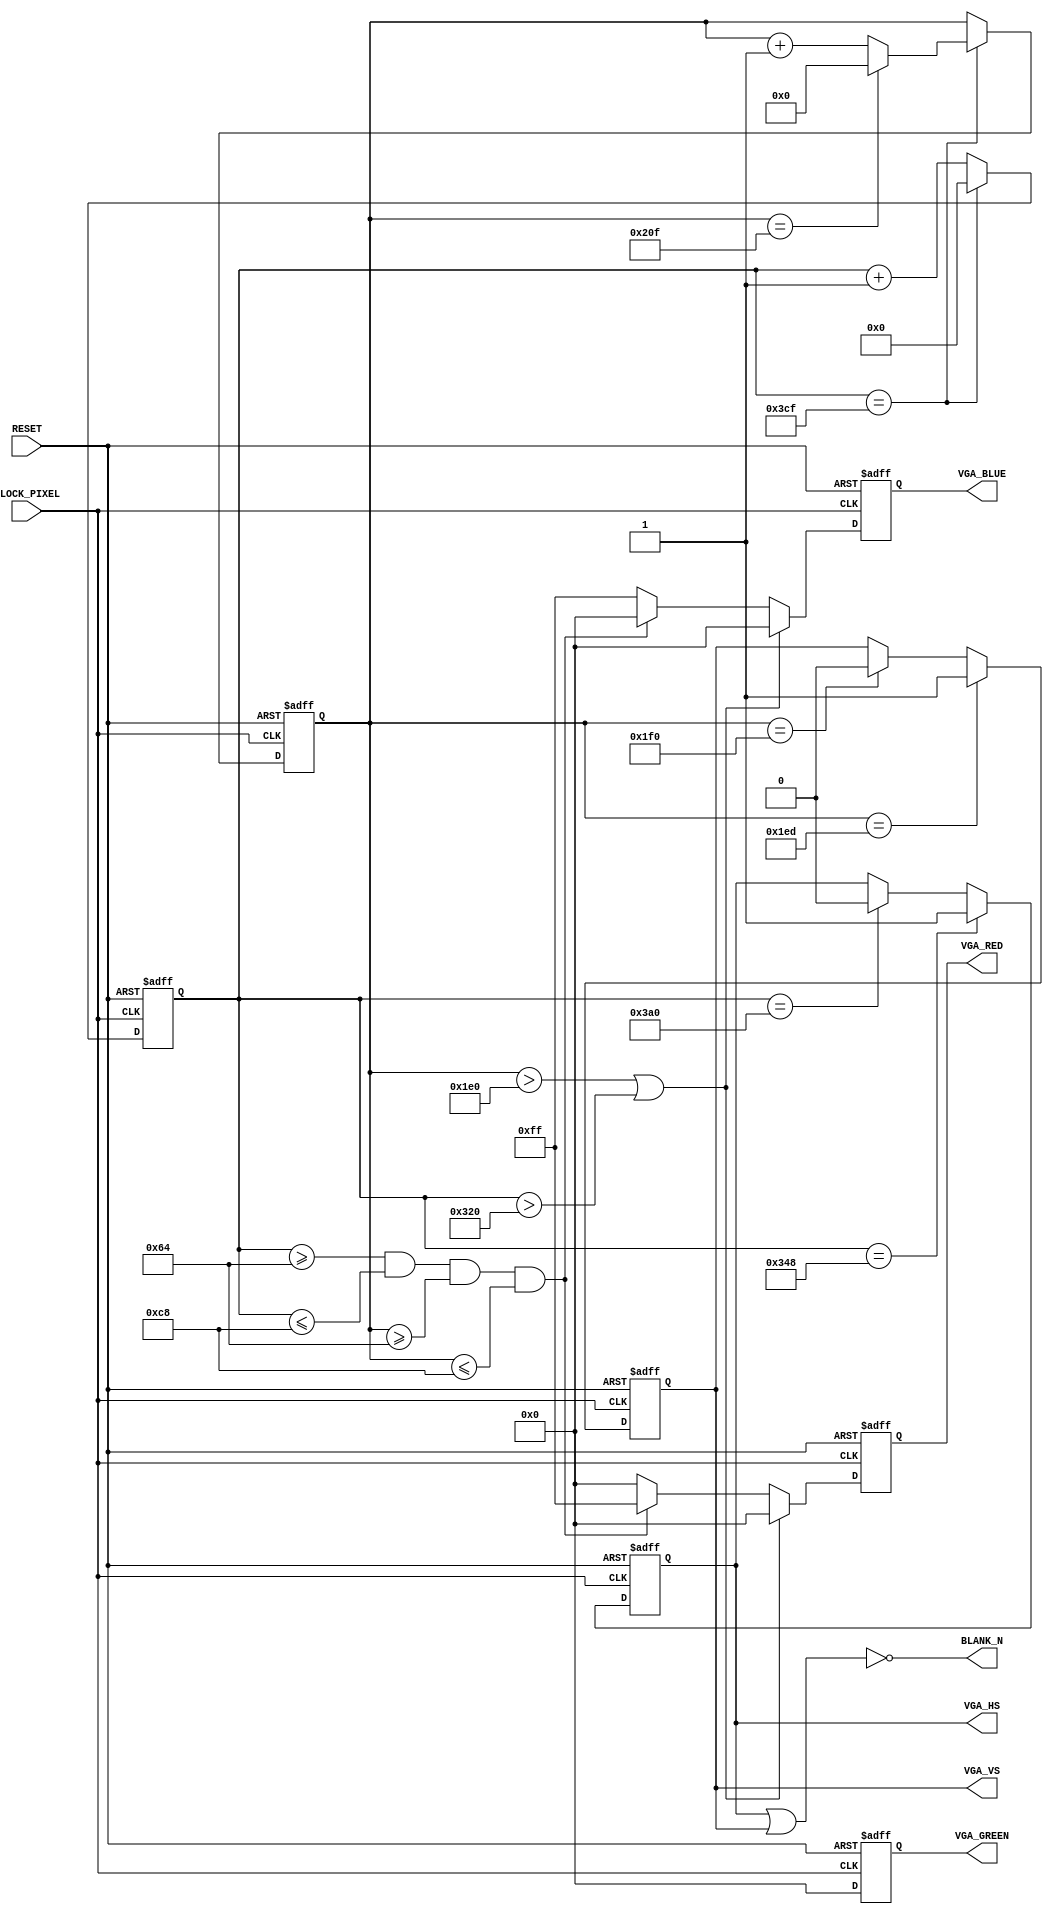
module vga_demo_2
    (
        CLOCK_PIXEL,
        RESET,
        VGA_RED,
        VGA_GREEN,
        VGA_BLUE,
        VGA_HS,
        VGA_VS,
        BLANK_N
    );
    input CLOCK_PIXEL;
    input RESET;
    output [7:0] VGA_RED;
    output [7:0] VGA_GREEN;
    output [7:0] VGA_BLUE;
    output VGA_HS;
    output VGA_VS;
    output BLANK_N;
    wire r_blank;
    reg [10:0] hor_reg; 
    reg [10:0] hor_pixel; 
    reg hor_sync;
    wire hor_max = (hor_reg == 975); 
    reg [9:0] ver_reg; 
    reg [10:0] ver_pixel; 
    reg ver_sync;
    reg [7:0] red;
    reg [7:0] green;
    reg [7:0] blue;
    wire ver_max = (ver_reg == 527); 
    always @ (posedge CLOCK_PIXEL or posedge RESET) begin
        if (RESET) begin 
            hor_reg <= 0;
            ver_reg <= 0;
        end
        else if (hor_max) begin
            hor_reg <= 0;
            if (ver_max) begin
                ver_reg <= 0;
            end else begin
                ver_reg <= ver_reg + 1'b1;
            end
        end else begin
            hor_reg <= hor_reg + 1'b1;
        end
    end
    always @ (posedge CLOCK_PIXEL or posedge RESET) begin
        if (RESET) begin 
            hor_sync <= 0;
            ver_sync <= 0;
            red <= 0;
            green <= 0;
            blue <= 0;
            hor_pixel <= 0;
            ver_pixel <= 0;
        end
        else begin
            if (hor_reg == 840) begin          
                hor_sync <= 1;                 
            end else if (hor_reg == 928) begin 
                hor_sync <= 0;                 
            end
            if (ver_reg == 493) begin          
                ver_sync <= 1;                 
            end else if (ver_reg == 496) begin 
                ver_sync <= 0;                 
            end
            if (ver_reg > 480 || hor_reg > 800) begin
                red <= 8'b0;
                green <= 8'b0;
                blue <= 8'b0;
                if (ver_reg > 480) begin
                    ver_pixel <= 0;
                end 
                if (hor_reg > 800) begin
                    hor_pixel <= 0;
                end 
            end
            else begin
                hor_pixel <= hor_reg;
                ver_pixel <= ver_reg;
                if (hor_reg >= 100 && hor_reg <= 200 && ver_reg >= 100 && ver_reg <= 200) begin
                    red <= 8'b1111_1111;
                    green <= 8'b0;
                    blue <= 8'b0;
                end 
                else begin
                    red <= 8'b0;
                    green <= 8'b0;
                    blue <= 8'b1111_1111;
                end
            end
        end
    end
    assign VGA_HS = hor_sync;
    assign VGA_VS = ver_sync;
    assign r_blank = VGA_HS || VGA_VS;
    assign BLANK_N = !r_blank;
    assign VGA_RED =  red;
    assign VGA_GREEN = green;
    assign VGA_BLUE = blue;
endmodule